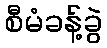
စီမံခန့်ခွဲ